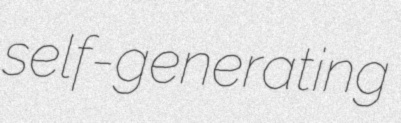
self-generating